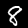
Digit: 8